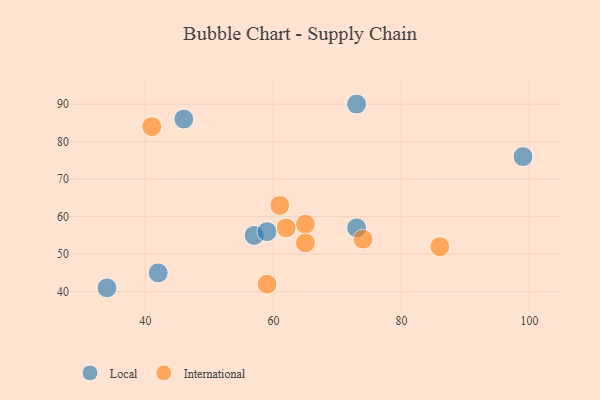
{"axis": {"x": "GDP", "y": "Life Expectancy"}, "legend": ["International", "Local"], "data": [{"x": "57", "y": 55, "type": "Local"}, {"x": "99", "y": 76, "type": "Local"}, {"x": "59", "y": 56, "type": "Local"}, {"x": "34", "y": 41, "type": "Local"}, {"x": "73", "y": 90, "type": "Local"}, {"x": "42", "y": 45, "type": "Local"}, {"x": "46", "y": 86, "type": "Local"}, {"x": "73", "y": 57, "type": "Local"}, {"x": "61", "y": 63, "type": "International"}, {"x": "86", "y": 52, "type": "International"}, {"x": "65", "y": 58, "type": "International"}, {"x": "41", "y": 84, "type": "International"}, {"x": "65", "y": 53, "type": "International"}, {"x": "59", "y": 42, "type": "International"}, {"x": "62", "y": 57, "type": "International"}, {"x": "74", "y": 54, "type": "International"}]}